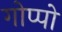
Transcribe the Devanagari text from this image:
गोप्पो